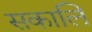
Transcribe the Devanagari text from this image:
सकालि